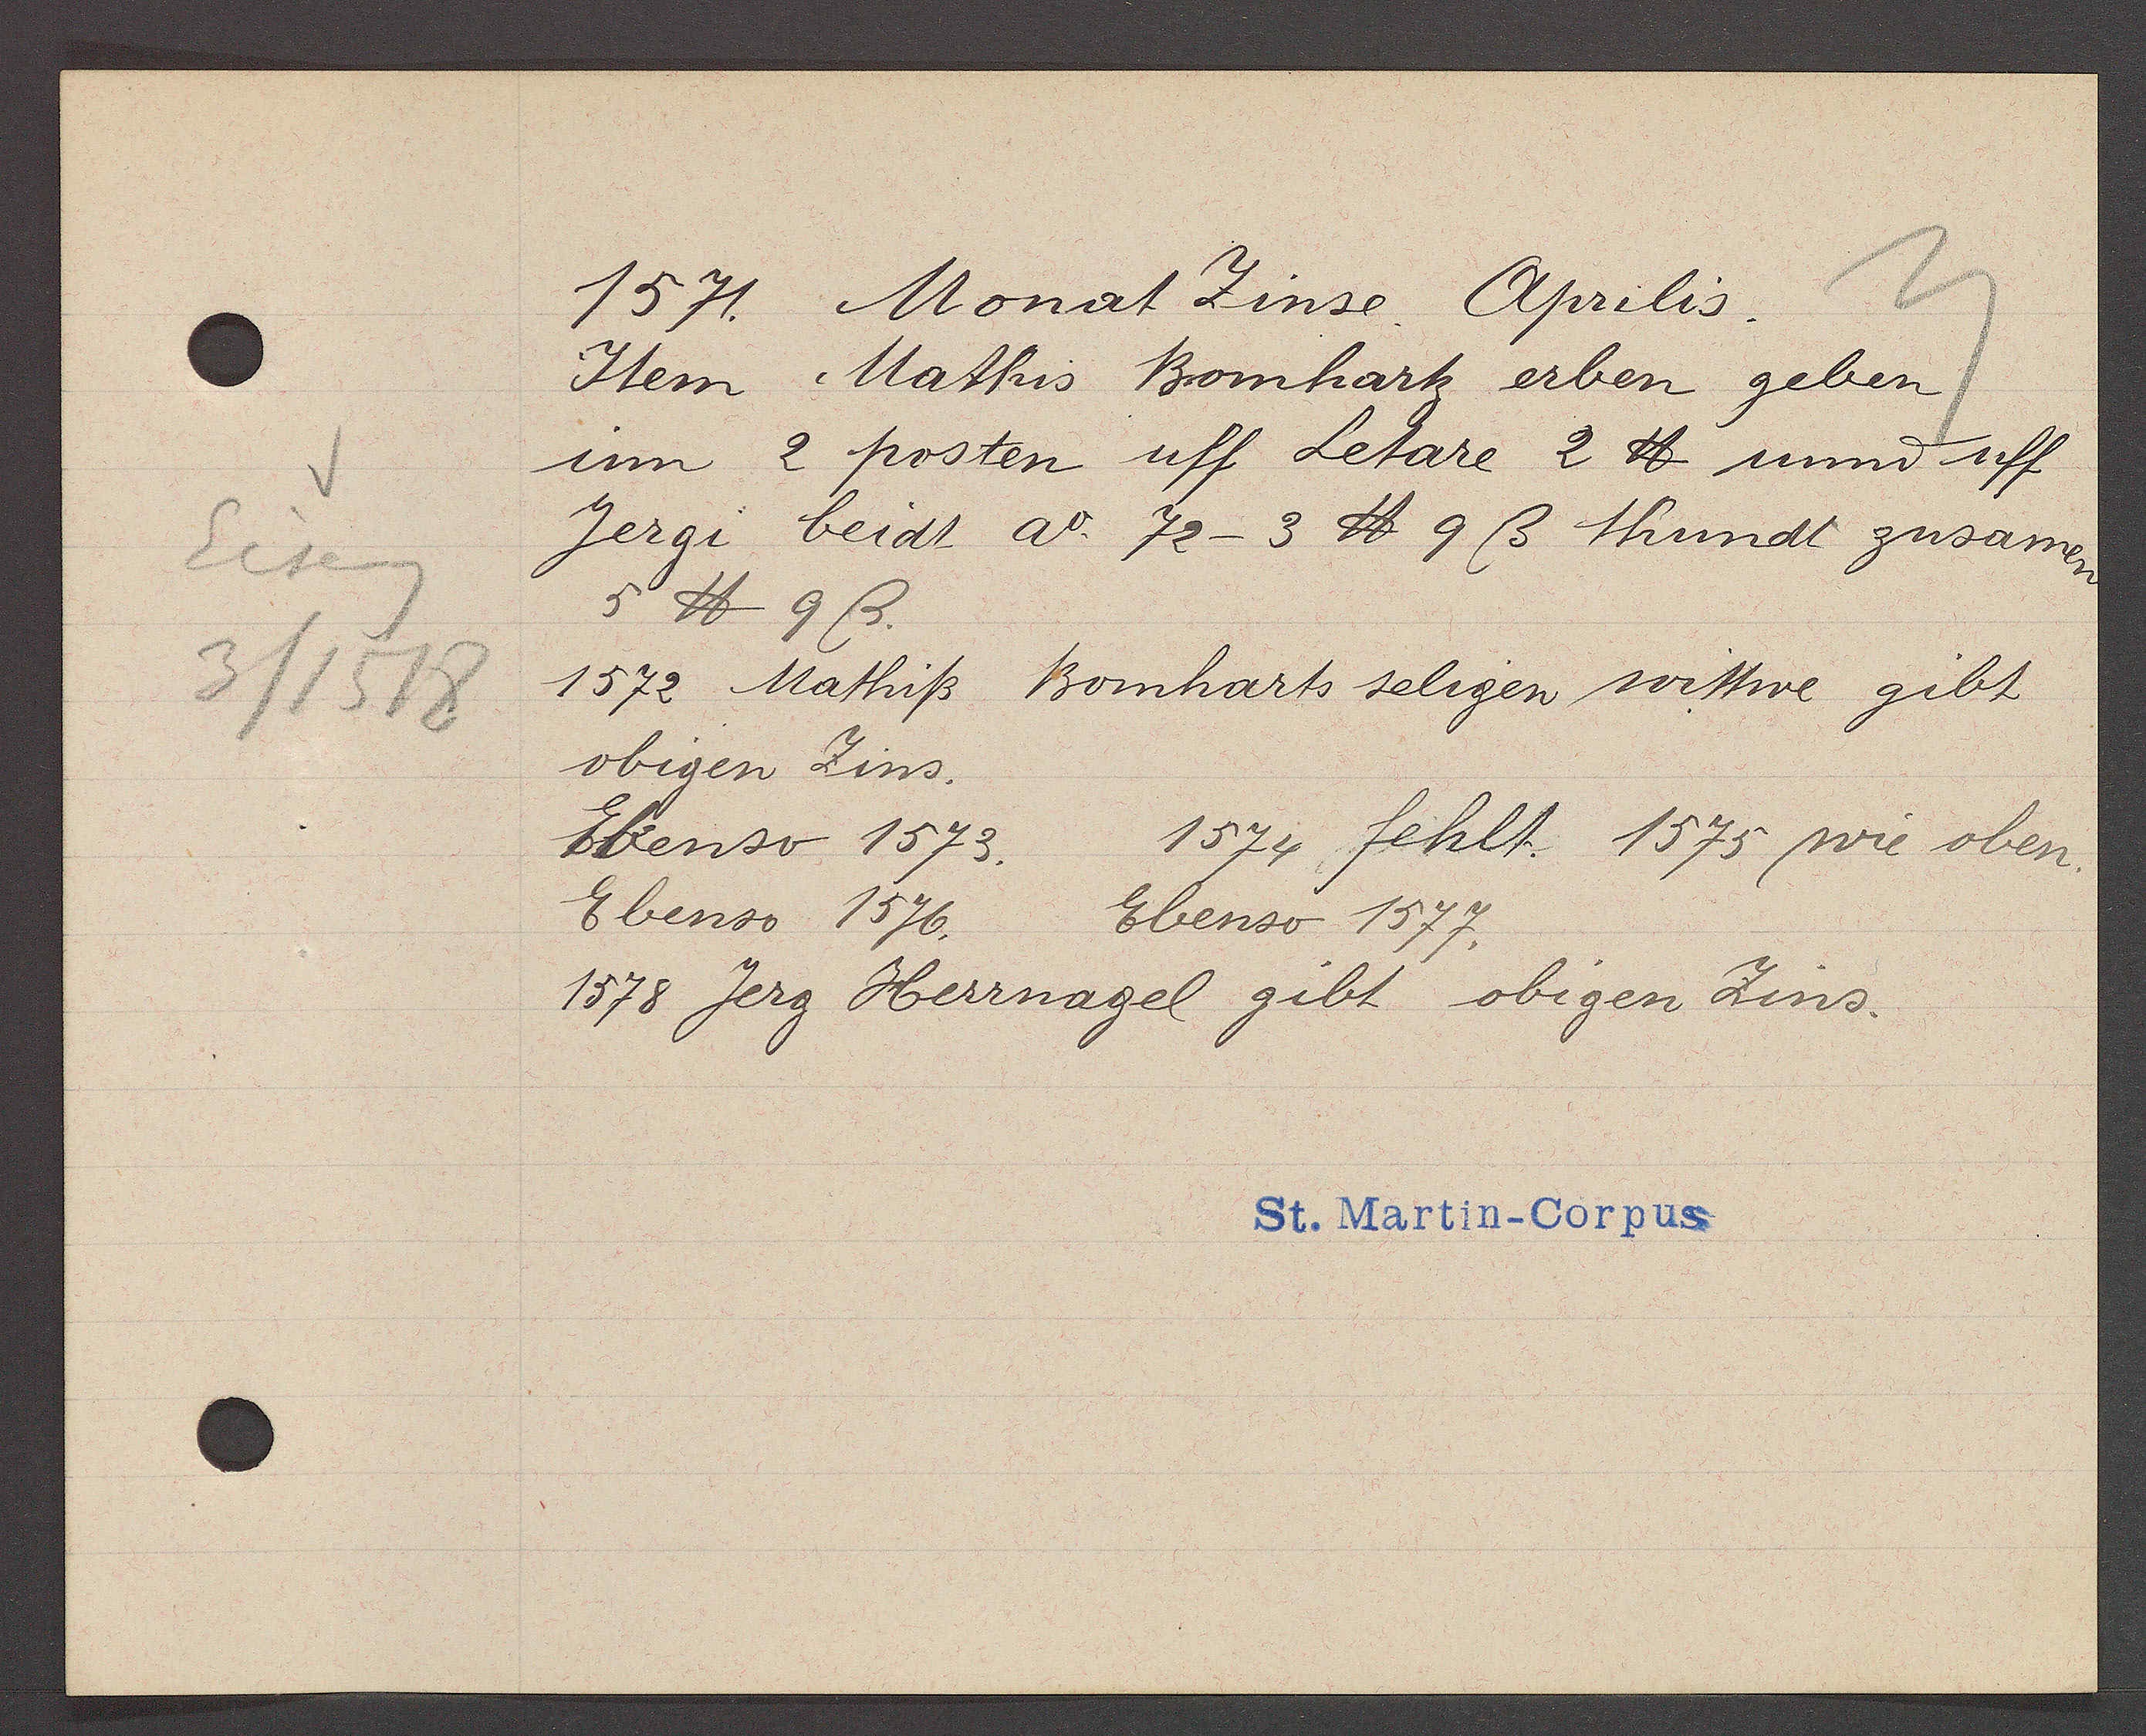
Transcript:
Eiseng
3/1518

1571. Monat Zinse Aprilis.
Item Mathis Bomhartz erben geben
inn 2 posten uff letare 2 ℔ unnd uff
Jergi beidt ao. 72-3 ℔ 9 ß thundt zusamen
5 ℔ 9ß.
1572 Mathiß Bomharts seligen wittwe gibt
obigen Zins.
Ebenso 1573. 1574 fehlt. 1575 wie oben.
Ebenso 1576. Ebenso 1577.
1578 Jerg Herrnagel gibt obigen Zins.